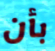
بأن